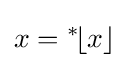
x={}^{*}\!\lfloor x\rfloor